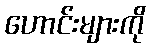
ဟောင်းများကို